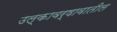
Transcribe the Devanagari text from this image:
उल्कावर्षावातील